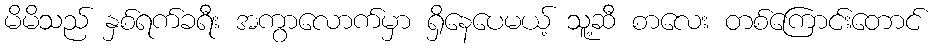
မိမိသည် နှစ်ရက်ခရီး အကွာလောက်မှာ ရှိနေပေမယ့် သူ့ဆီ စာလေး တစ်ကြောင်းတောင်